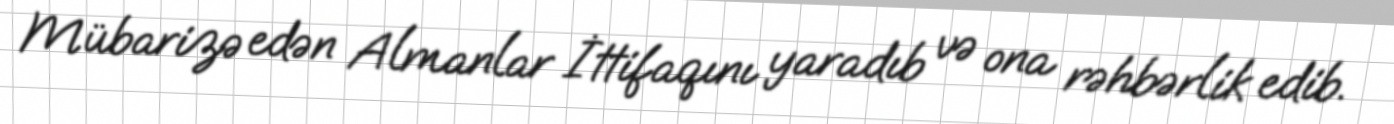
Mübarizə edən Almanlar İttifaqını yaradıb və ona rəhbərlik edib.